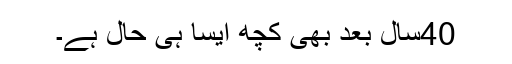
40سال بعد بھی کچھ ایسا ہی حال ہے۔